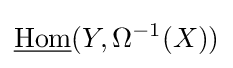
{\underline {\mathrm {Hom} }}(Y,\Omega ^{-1}(X))